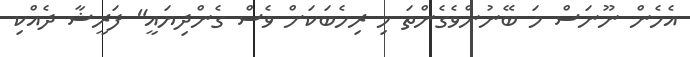
އެހެން ނޫނަސް މަ ބޭނުންވެގެންތަ މި ރިހެބަކަށް ވެސް ގެންދިޔައީ" ފަރީޝާ ދެއްކި